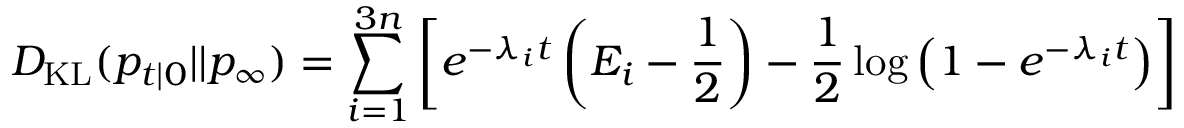
D _ { \mathrm { K L } } ( p _ { t \mid 0 } | | p _ { \infty } ) = \sum _ { i = 1 } ^ { 3 n } \left[ e ^ { - \lambda _ { i } t } \left( E _ { i } - \frac { 1 } { 2 } \right) - \frac { 1 } { 2 } \log \left( 1 - e ^ { - \lambda _ { i } t } \right) \right]